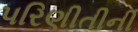
પરિણીતીની